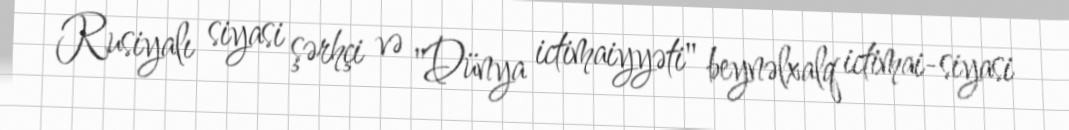
Rusiyalı siyasi şərhçi və "Dünya ictimaiyyəti" beynəlxalq ictimai-siyasi